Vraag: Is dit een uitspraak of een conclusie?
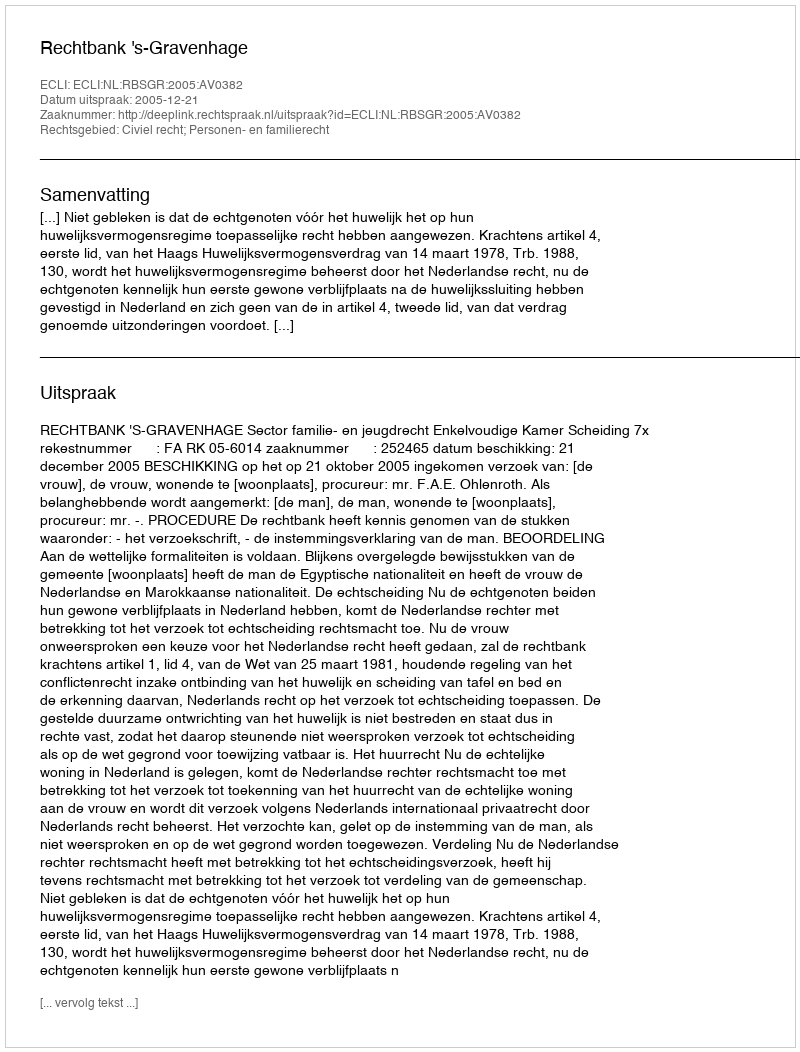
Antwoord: Uitspraak